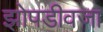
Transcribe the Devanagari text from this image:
झोपडीवजा